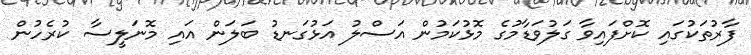
ފާރުތަކުގައި ކޮށްފައިވާ ގަލުވަޑާމުގެ މޮޅުކަމުން އަސްލު އަޅުގަނޑު ބަލަން އައި މޮނަލީސާ ކުރެހުން